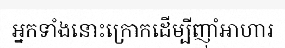
អ្នកទាំងនោះក្រោកដើម្បីញ៉ាំអាហារ